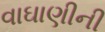
વાઘાણીની